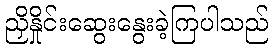
ညှိနှိုင်းဆွေးနွေးခဲ့ကြပါသည်